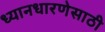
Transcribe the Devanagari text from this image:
ध्यानधारणेसाठी